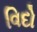
વિદો